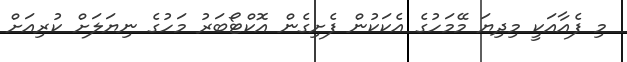
މި ފެއާއަކީ މިދިޔަ މޭމަހުގެ އެކަކުން ފެށިގެން އޮކްޓޯބަރު މަހުގެ ނިޔަލަށް ކުރިއަށް